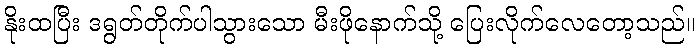
နိုးထပြီး ဒရွတ်တိုက်ပါသွားသော မီးဖိုနောက်သို့ ပြေးလိုက်လေတော့သည်။